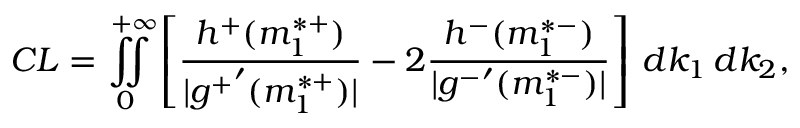
C L = \iint _ { 0 } \displaylimits ^ { + \infty } \left[ \frac { h ^ { + } ( m _ { 1 } ^ { * + } ) } { | { g ^ { + } } ^ { \prime } ( m _ { 1 } ^ { * + } ) | } - 2 \frac { h ^ { - } ( m _ { 1 } ^ { * - } ) } { | { g ^ { - } } ^ { \prime } ( m _ { 1 } ^ { * - } ) | } \right] \, d k _ { 1 } \, d k _ { 2 } ,